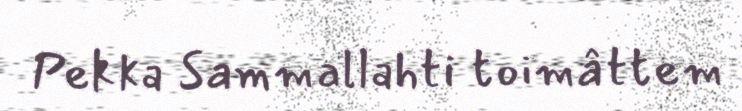
Pekka Sammallahti toimâttem